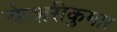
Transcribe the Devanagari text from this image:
केशरीकुमार